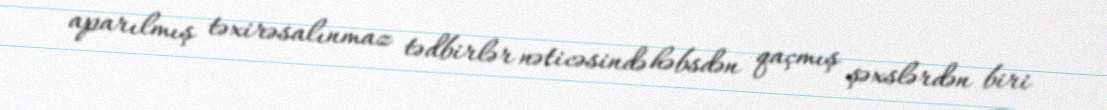
aparılmış təxirəsalınmaz tədbirlər nəticəsində həbsdən qaçmış şəxslərdən biri